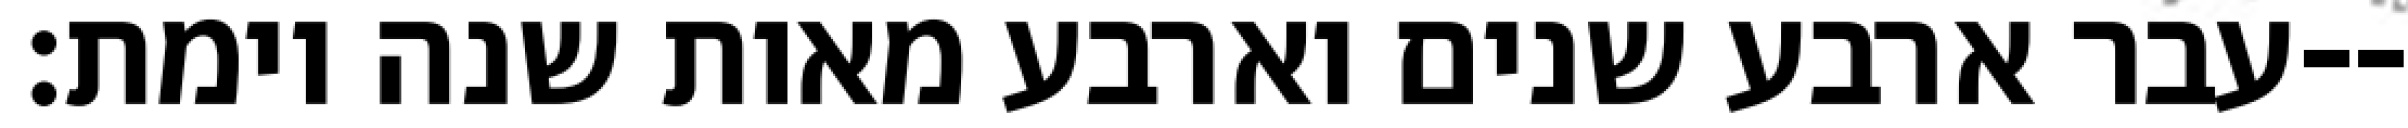
עבר ארבע שנים וארבע מאות שנה וימת׃--